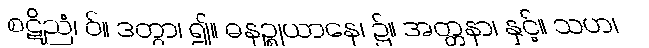
စဋိညံ၊ ဝ်။ ဒတွာ၊ ၍။ ဓနဉ္စုယာနေ၊ ၌။ အတ္တနာ၊ နှင့်။ သဟ၊